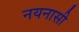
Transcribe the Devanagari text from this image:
नयनासी